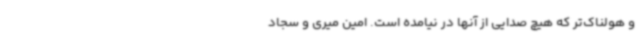
و هولناک‌تر که هیچ صدایی از آنها در نیامده است. امین میری و سجاد